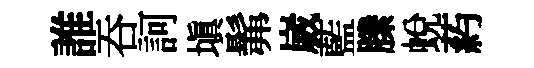
誰吞訶塡髴崴藍縢蛻葯